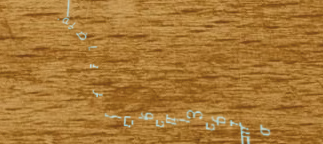
مستودع الأدوات الرياضية: